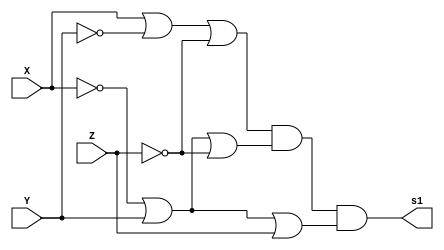
 	//Dedicado para encontrar as tabela verdade das expresses booleanas referentes aos circutios do Logisim       Guia_0607
 	
 	module tabela (output s1, input X, input Y, input Z);
 		assign s1 = ( X | ~Y | ~Z ) & (~X | Y | ~Z) & ( ~X | Y | Z );
 	endmodule // FXYZ
 	
 	module tabelaSim (output s2, input X, Y, Z);
 	    assign s2 = (~X|Y)&(X|~Y|~Z);
 	endmodule
 	
 	module tb_main;
 	
 	    reg x, y, z;
 	    wire s1, s2;
 	
 	    tabela uutteste (s1, x, y, z);
 	    tabelaSim uuttesteSim (s2, x, y, z);
 	
 	
 	    initial begin
 	        teste();
 	        testeSimplificado();
 	        $finish;  
 	    end
 	
 		task teste();
 		    integer i, j, k, l;
 		    	begin
 		        $display("Tabela verdade para circuito no simplificado: ");
 		            for (j = 0; j <= 1; j = j + 1) begin
 		                for (k = 0; k <= 1; k = k + 1) begin
 		                    for (l = 0; l <= 1; l = l + 1)begin
 		                        x = j; y = k;  z = l;
 		                        #1;
 		                        $display("x=%b y=%b z=%b | %b", x, y, z, s1);
 		                    end
 		                end
 		            end
 		        end
 		endtask
 	
 			task testeSimplificado();
 		    integer i, j, k, l;
 		    	begin
 		        $display("Tabela verdade para circuito simplificado: ");
 		            for (j = 0; j <= 1; j = j + 1) begin
 		                for (k = 0; k <= 1; k = k + 1) begin
 		                    for (l = 0; l <= 1; l = l + 1)begin
 		                        x = j; y = k;  z = l;
 		                        #1;
 		                        $display("x=%b y=%b z=%b | %b", x, y, z, s2);
 		                    end
 		                end
 		            end
 		        end
 		endtask  
 		       
 	
 	
 	 endmodule